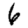
Digit: 6